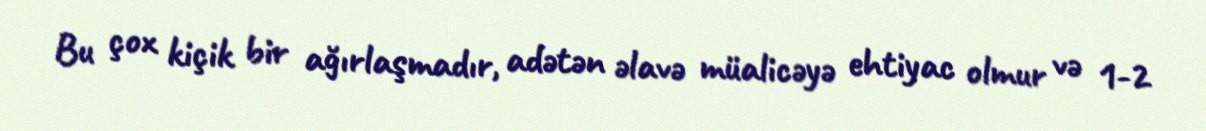
Bu çox kiçik bir ağırlaşmadır, adətən əlavə müalicəyə ehtiyac olmur və 1-2